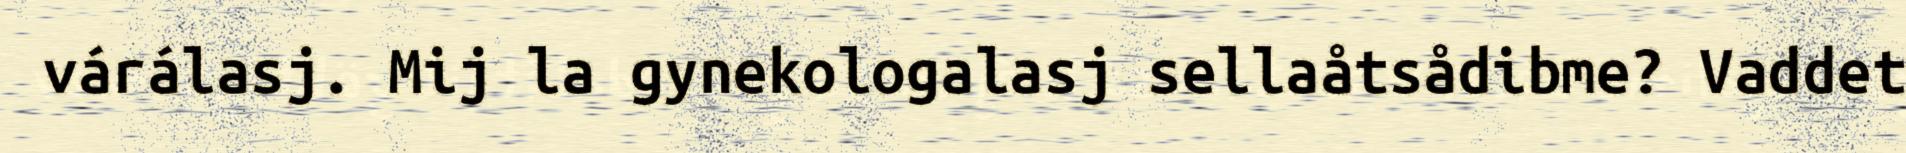
várálasj. Mij la gynekologalasj sellaåtsådibme? Vaddet